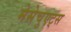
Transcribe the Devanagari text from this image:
मेसेचुएट्स